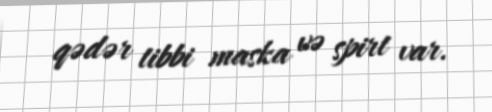
qədər tibbi maska və spirt var.